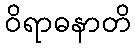
ဝိရာဓနာတိ